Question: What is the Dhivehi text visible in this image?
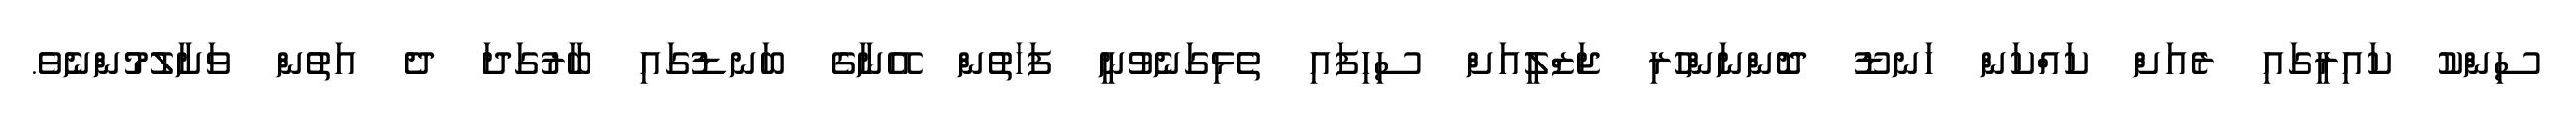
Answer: ސިންކު ކައިރީގައި ރެއަށް ކައްކަން ހަނޑޫ ދޮންނަންހުރި ޖަޒްލީއަށް ސިހިފައި ތެޅިގަނެވުނީ ފަހަތުން އޭނާގެ ބަނޑުގައި ބާރުގަދަ ދެ އަތުން ވަށާލުމުންނެވެ.